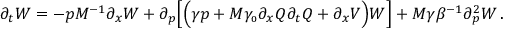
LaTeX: \partial _ { t } W = - p M ^ { - 1 } \partial _ { x } W + \partial _ { p } \Big [ \Big ( \gamma p + M \gamma _ { \scriptscriptstyle 0 } \partial _ { x } Q \partial _ { t } Q + \partial _ { x } V \Big ) W \Big ] + M \gamma \beta ^ { - 1 } \partial _ { p } ^ { 2 } W \, .